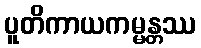
ပူတိကာယကမ္မန္တဿ